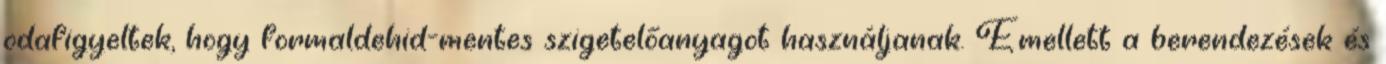
odafigyeltek, hogy formaldehid-mentes szigetelőanyagot használjanak. Emellett a berendezések és